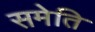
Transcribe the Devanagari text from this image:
समेति